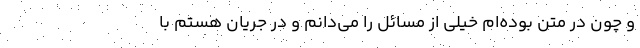
و چون در متن بوده‌ام خیلی از مسائل را می‌دانم و در جریان هستم با